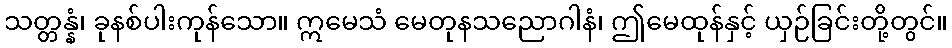
သတ္တန္နံ၊ ခုနစ်ပါးကုန်သော။ ဣမေသံ မေတုနသညောဂါနံ၊ ဤမေထုန်နှင့် ယှဉ်ခြင်းတို့တွင်။